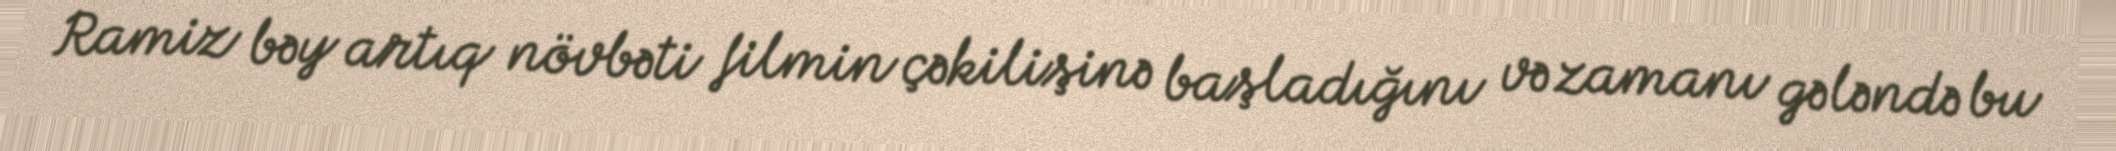
Ramiz bəy artıq növbəti filmin çəkilişinə başladığını və zamanı gələndə bu